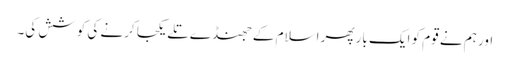
اور ہم نے قوم کو ایک بار پھر اسلام کے جھنڈے تلے یکجا کرنے کی کوشش کی۔